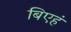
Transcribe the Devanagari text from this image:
बिएहं